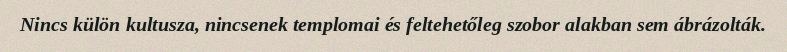
Nincs külön kultusza, nincsenek templomai és feltehetőleg szobor alakban sem ábrázolták.